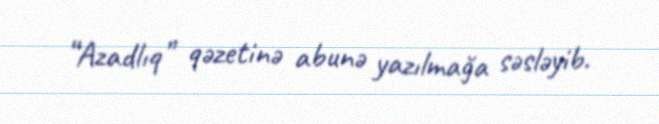
“Azadlıq” qəzetinə abunə yazılmağa səsləyib.